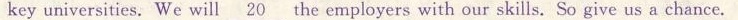
key universities. We will\underline{20} the employers with our skills. So give us a chance.